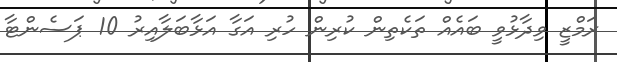
ރަމްޒީ ވިދާޅުވީ ބައެއް ތަކެތިން ކުރިން ހުރި އަގާ އަޅާބަލާއިރު 10 ޕަސެންޓާ